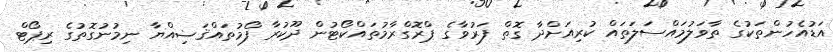
އަޑުއެހުންތަކުގެ ތާވަލުމައްސަލަތައް ކުރިއަށްދާ ގޮތް ފަރުވާގެ ޕްރޮގްރާމުތައްކޯޓުން ދޫކުރާ ފޯމުތައްޤަޟިއްޔާ ނިމުނުގޮތުގެ ރިޕޯޓް